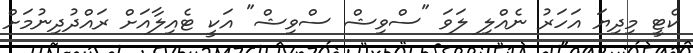
ކެޓީ މިދިޔަ އަހަރު ނެއްލި ލަވަ "ސްވިޝް ސްވިޝް" އަކީ ޓެއިލާއަށް ރައްދުދިނުމަށް